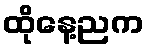
ထိုနေ့ညက